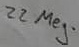
Text: 22 Meg.